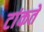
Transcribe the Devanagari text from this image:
टांकते